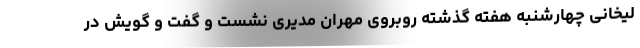
لیخانی چهارشنبه هفته گذشته روبروی مهران مدیری نشست و گفت و گویش در